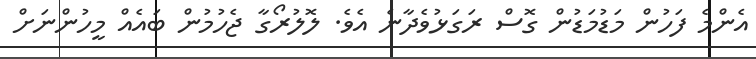
އެންމެ ފަހުން މަޑުމަޑުން ގޮސް ރަގަޅުވެދާނެ އެވެ. ލޮލުރޯގާ ޖެހުމުން ބައެއް މީހުންނަށް